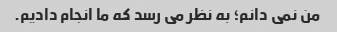
من نمی دانم؛ به نظر می رسد که ما انجام دادیم.